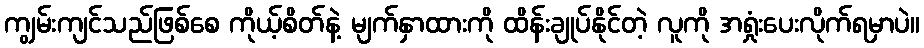
ကျွမ်းကျင်သည်ဖြစ်စေ ကိုယ့်စိတ်နဲ့ မျက်နှာထားကို ထိန်းချုပ်နိုင်တဲ့ လူကို အရှုံးပေးလိုက်ရမှာပဲ။